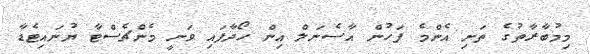
މިމުބާރާތުގެ ތަށި އެންމެ ފަހުން އާސެނަލް އިން ހޯދާފައި ވަނީ މެންޗެސްޓާ ޔުނައިޓެޑާ